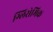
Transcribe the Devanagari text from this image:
ग्लिसेमिक